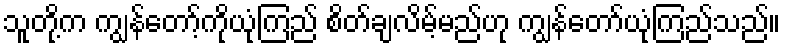
သူတို့က ကျွန်တော့်ကိုယုံကြည် စိတ်ချလိမ့်မည်ဟု ကျွန်တော်ယုံကြည်သည်။